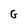
Character: G